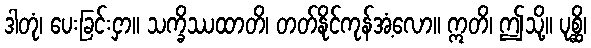
ဒါတုံ၊ ပေးခြင်းငှာ။ သက္ခိဿထာတိ၊ တတ်နိုင်ကုန်အံ့လော။ ဣတိ၊ ဤသို့။ ပုစ္ဆိ၊